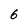
Character: 6